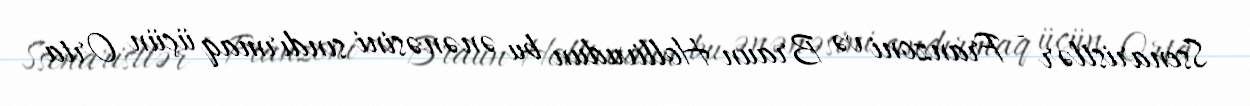
Ssenaristlər - Franzoni və Braun Hollivudun bu ənənəsini sındırmaq üçün Orta